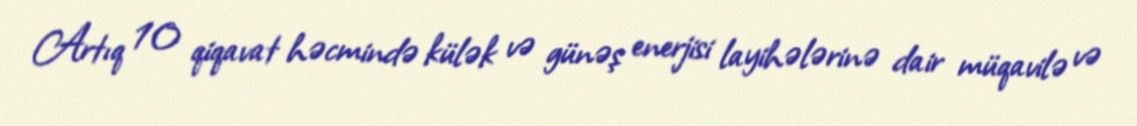
Artıq 10 qiqavat həcmində külək və günəş enerjisi layihələrinə dair müqavilə və